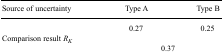
<table><thead><tr><td><b>Source of uncertainty</b></td><td><b>Type A</b></td><td></td><td><b>Type B</b></td></tr></thead><tbody><tr><td></td><td>0.27</td><td></td><td>0.25</td></tr><tr><td>Comparison result <i>R<sub>K</sub></i></td><td></td><td></td><td></td></tr><tr><td></td><td></td><td>0.37</td><td></td></tr></tbody></table>